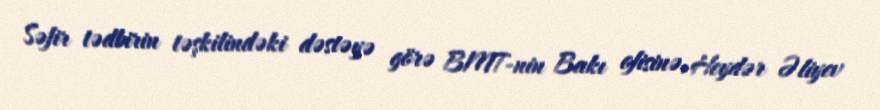
Səfir tədbirin təşkilindəki dəstəyə görə BMT-nin Bakı ofisinə, Heydər Əliyev